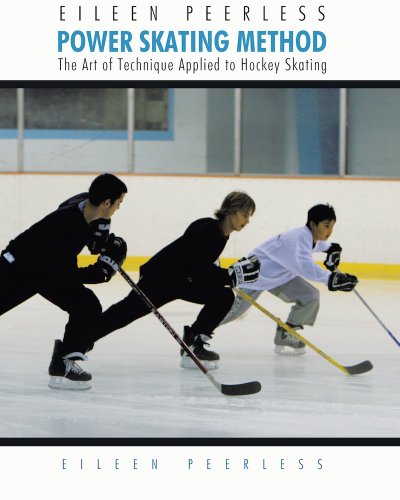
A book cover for Eileen Peerless Power Skating Method: The Art of Technique Applied to Hockey Skating; Eileen Peerless; Sports & Outdoors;